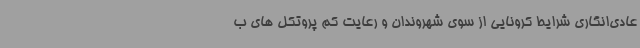
عادی‌انگاری شرایط کرونایی از سوی شهروندان و رعایت کم پروتکل های ب